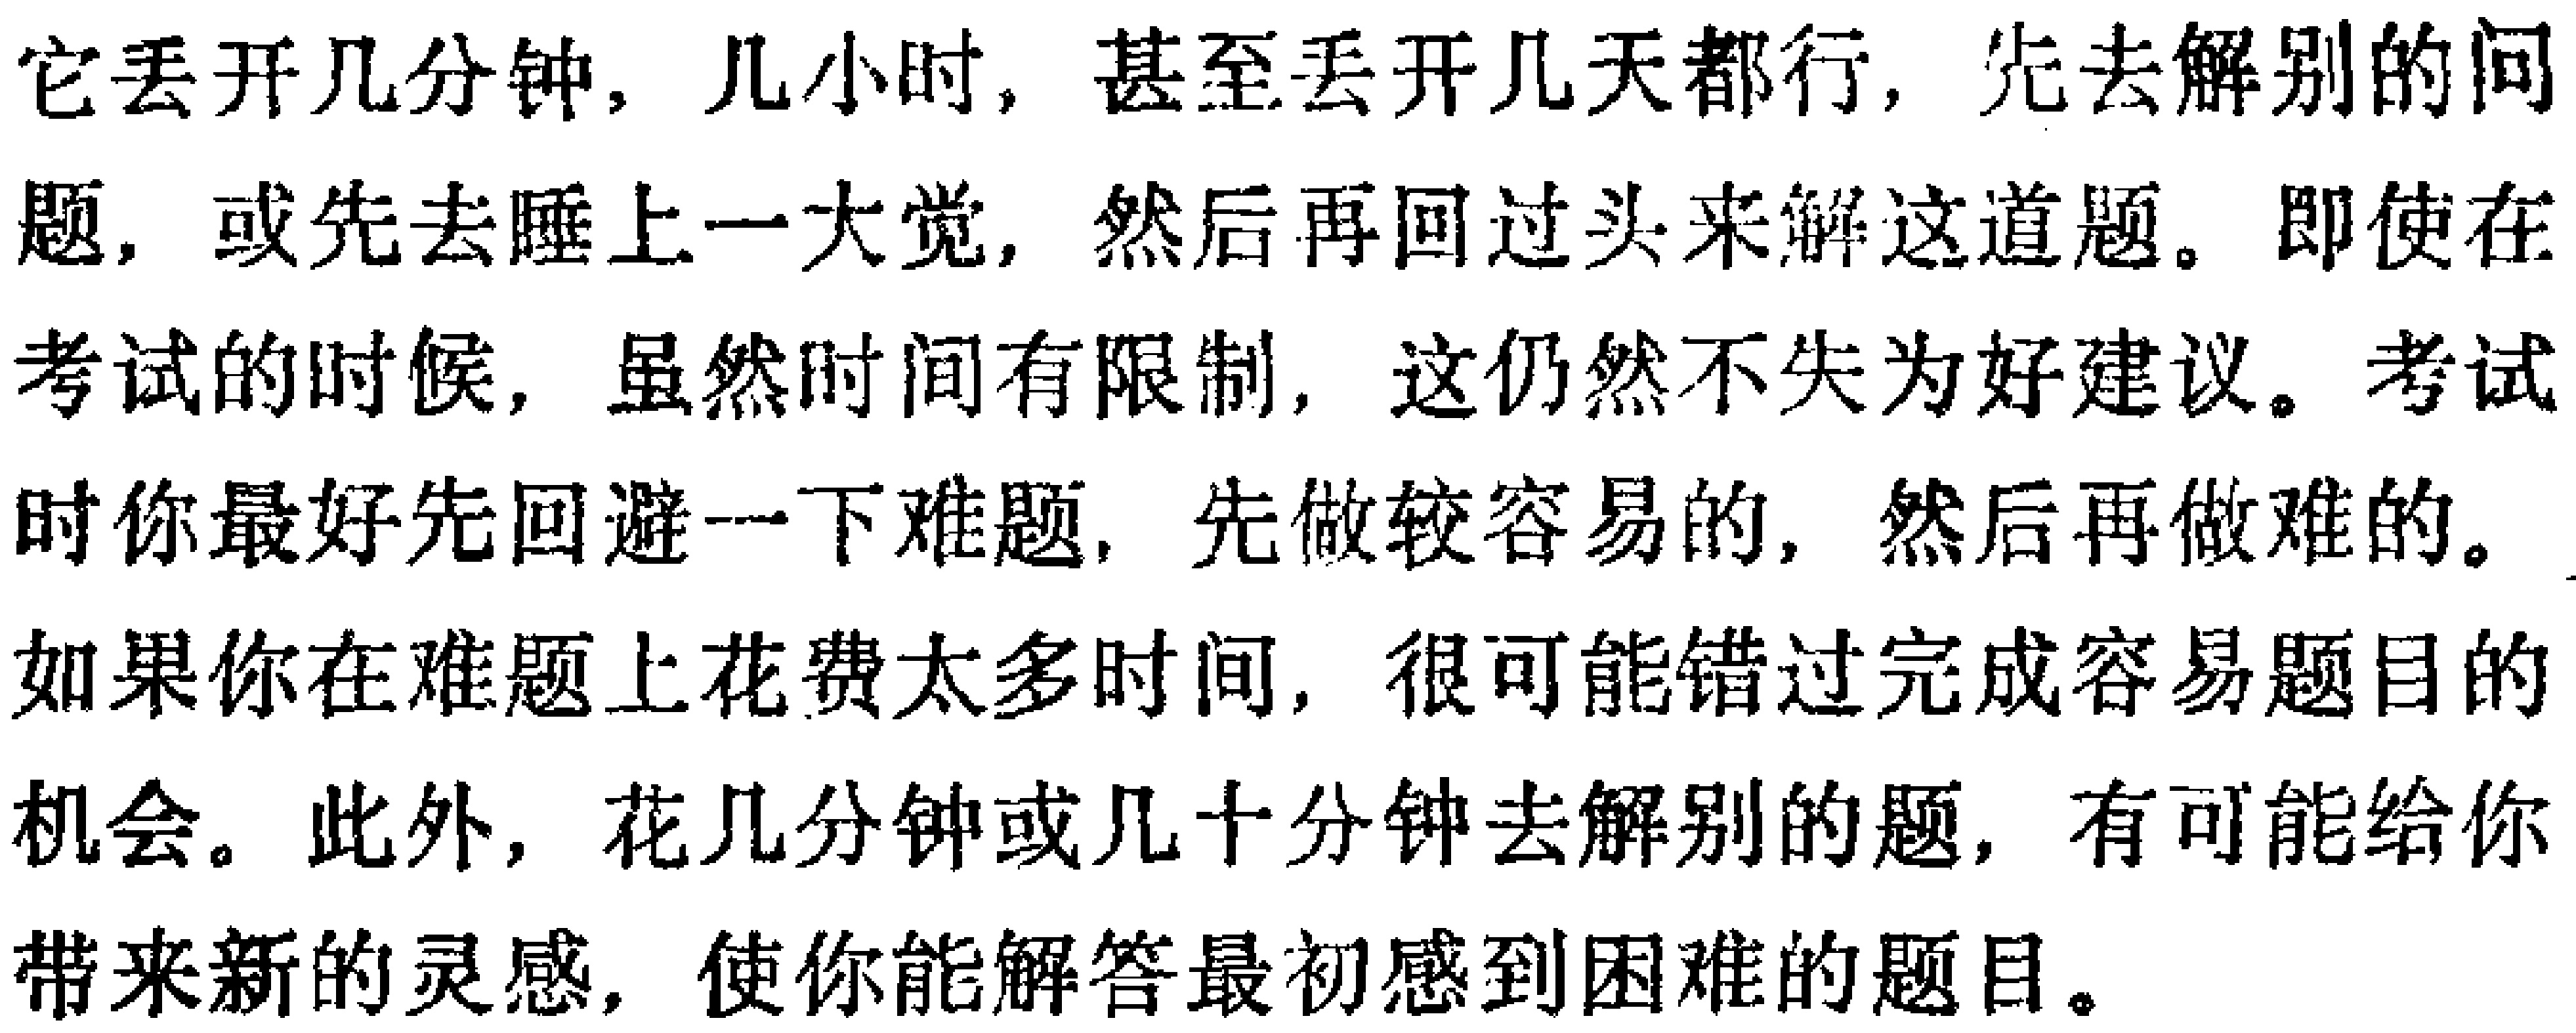
它丢开几分钟, 几小时, 甚至丢开几天都行, 先去解别的问题, 或先去睡上一大觉, 然后再回过头来解这道题。即使在考试的时候, 虽然时间有限制, 这仍然不失为好建议。考试时你最好先回避一下难题, 先做较容易的, 然后再做难的。如果你在难题上花费太多时间, 很可能错过完成容易题目的机会。此外, 花几分钟或几十分钟去解别的题, 有可能给你带来新的灵感, 使你能解答最初感到困难的题目。